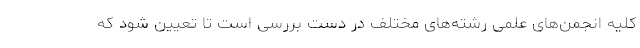
کلیه انجمن‌های علمی رشته‌های مختلف در دست بررسی است تا تعیین شود که